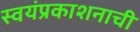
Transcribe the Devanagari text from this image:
स्वयंप्रकाशनाची